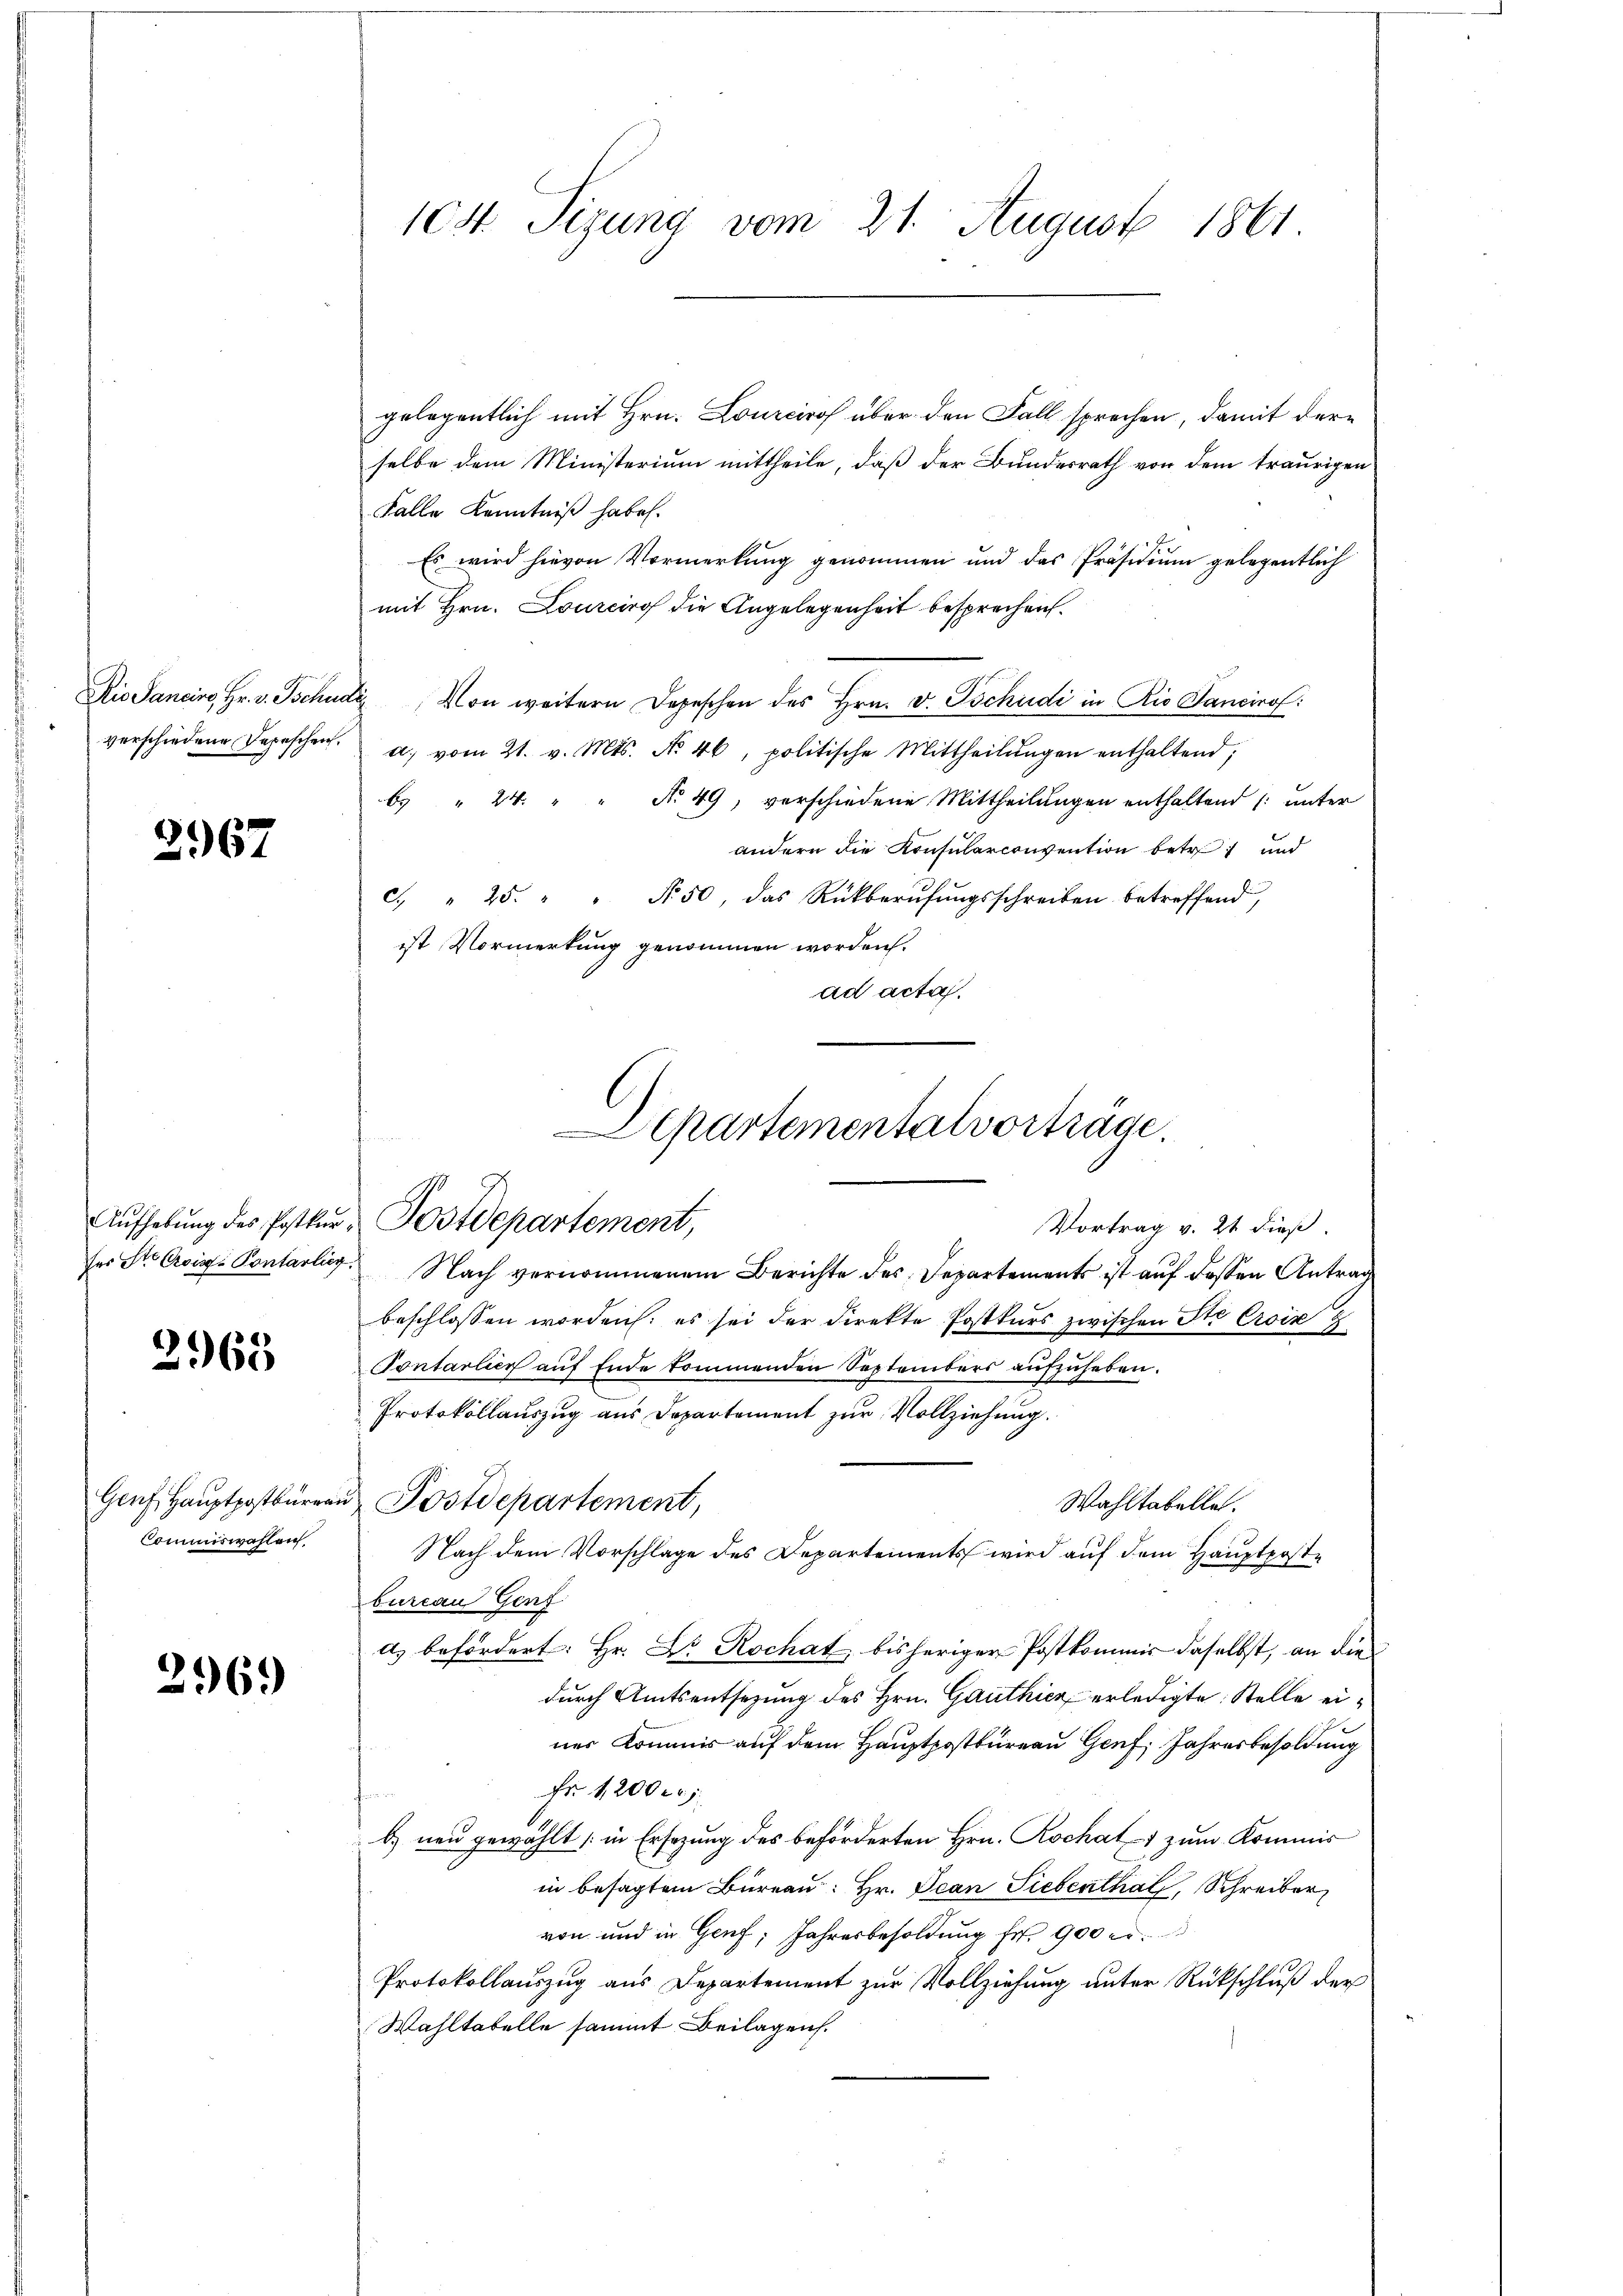
verschiedene Depeschen.

2967

2968

Commiswahlen.

2969

gelegentlich mit Hrn. Lourciro über den Fall sprechen, damit derselbe dem Ministerium mittheile, daß der Bundesrath von dem traurigen
Falle Kenntniß habe.
Es wird hievon Vormerkung genommen und das Präsidium gelegentlich
mit Hrn. Lourciro die Angelegenheit besprechen.
Ris Sancire, Hr. v. Tschudi von weitern Depeschen des Hrn. v. Tschudi in Rio Sancirof:
d. vom 21. v. Mts. No. 46, politische Mittheilŭngen enthaltend,
b. " 24. " " No 49, verschiedene Mittheilungen enthaltend (unter
andern die Konsularconvention betret und
c. " 25. " " Nr. 50, das Rückberufungsschreiben betreffend,
ist Vormerkung genommen worden.
ad acta.
ser St. Crois Pontarlieg. Nach vernommenem Berichte des Departements ist auf dessen Antrag
beschlossen worden: es sei der Direkte Postkurs zwischen Ste Croix 2
Sontarlier auf Ende kommenden Septembers aufzuheben.
Protokollauszug aus Departement zur Vollziehung.
Genf Hauptpostbürgen Postdepartement,
Wahltabelle.
Nach dem Vorschlage des Departements wird auf dem Hauptposte
bureau Genf
a) befördert: Hr. Dr Rochat bisheriger Postkommis daselbst, an die
durch Amtsentsetzung des Hrn. Gauthier erledigte Stelle einer Kommis auf dem Hauptpostbureau Genf, Jahresbesoldung
Fr 12000.
b) neu gewählt (in Ersezung des beförderten Hrn. Kochatz zum Kommis
in besagtem Bureau: Hr. Jean Siebenthal, Schreiber
von und in Genf, Jahresbesoldung fr. 900 er¬
Protokollauszug aus Departement zur Vollziehung unter Rückschluß der
Wahltabelle sammt Beilagen.

104. Tizung vom 21. August 1861.

Departementalvorträge.
Aŭfhebung des Postkŭr, Postdepartement,
Vortrag v. 21. dieß.